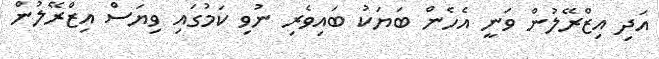
އަދި އިޒްރޭލުން ވަނީ އެހެން ބަޔަކު ބައިވެރި ނުވި ކަމުގައި ވިޔަސް އިޒްރޭލުން